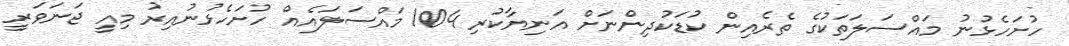
ހުށަހެޅުނު މައްސަލަތަކުގެ ތެރެއިން ކުޑަކުދިންނަށް އަނިޔާކުރި 104 މައްސަލައެއް ހުށަހެޅުނުއިރު މިއީ ޖަނަވަރީ